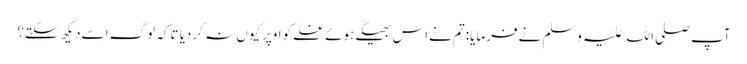
آپ صلی اللہ علیہ وسلم نےفرمایا:تم نےاس بھیگےہوئےغلےکواوپرکیوں نہ کردیا تاکہ لوگ اسےدیکھ سکتے؟